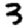
Digit: 3